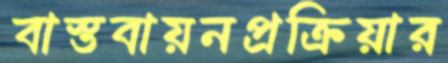
বাস্তবায়নপ্রক্রিয়ার